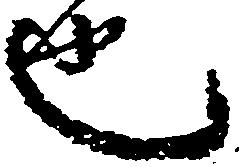
也